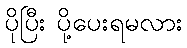
ပိုပြီး ပို့ပေးရမလား